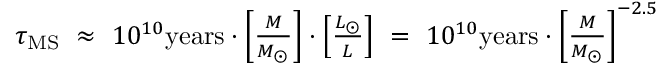
\begin{array} { l } { \tau _ { \mathrm { { M S } } } \ \approx \ 1 0 ^ { 1 0 } { \mathrm { y e a r s } } \cdot \left[ { \frac { M } { M _ { \bigodot } } } \right] \cdot \left[ { \frac { L _ { \bigodot } } { L } } \right] \ = \ 1 0 ^ { 1 0 } { \mathrm { y e a r s } } \cdot \left[ { \frac { M } { M _ { \bigodot } } } \right] ^ { - 2 . 5 } } \end{array}